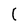
Character: 1